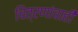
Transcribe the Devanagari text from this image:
चित्रणांचाही